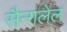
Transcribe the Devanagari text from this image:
सैन्गलेल